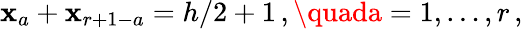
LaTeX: \mathbf{x}_{a}+\mathbf{x}_{r+1-a}=h/2+1\, ,\quada=1,\ldots,r\, ,